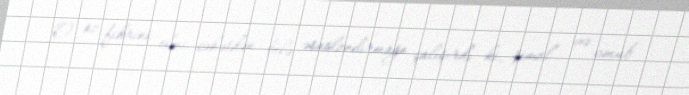
O öz fikrini elmi cəhətdən belə əsaslandırmağa çalışırdı ki, şimal və cənub